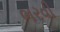
ભરવી